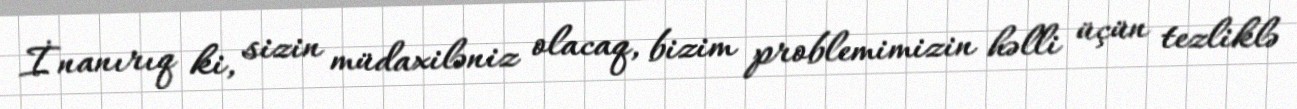
İnanırıq ki, sizin müdaxiləniz olacaq, bizim problemimizin həlli üçün tezliklə